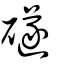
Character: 礈